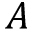
A